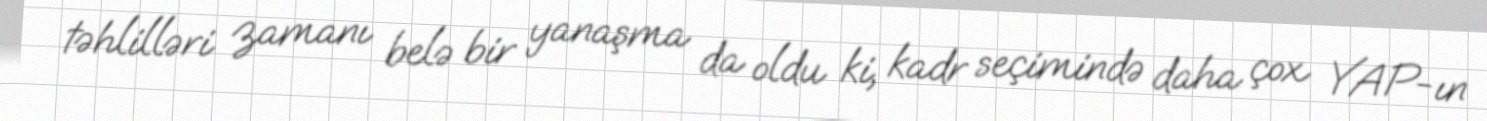
təhlilləri zamanı belə bir yanaşma da oldu ki, kadr seçimində daha çox YAP-ın